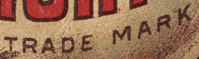
TRADE MARK